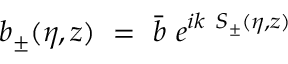
b _ { \pm } ( \eta , z ) ~ = ~ \bar { b } ~ e ^ { i k ~ S _ { \pm } ( \eta , z ) }